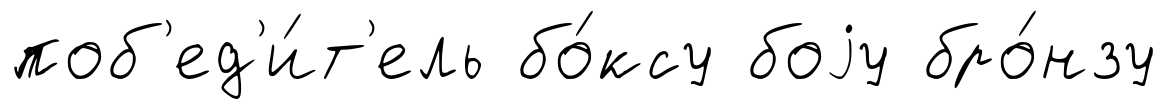
поб'ед'и́т'ель бо́ксу боjу бро́нзу